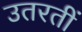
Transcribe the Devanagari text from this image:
उतरतीं